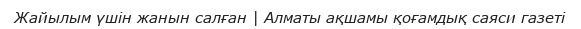
Жайылым үшiн жанын салған | Алматы ақшамы қоғамдық саяси газеті